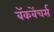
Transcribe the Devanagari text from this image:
बॅकबेंचर्स